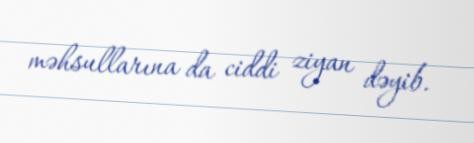
məhsullarına da ciddi ziyan dəyib.